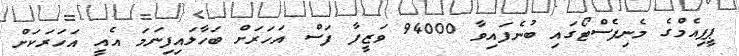
ޕީޕިއެމްގެ މެނިފެސްޓޯގައި ބުނެފައިވާ 94000 ވަޒީފާ ފަސް އަހަރަށް ބަހާލައިފިނަމަ އެއީ އަހަރަކަށް